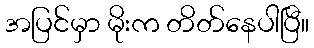
အပြင်မှာ မိုးက တိတ်နေပါပြီ။